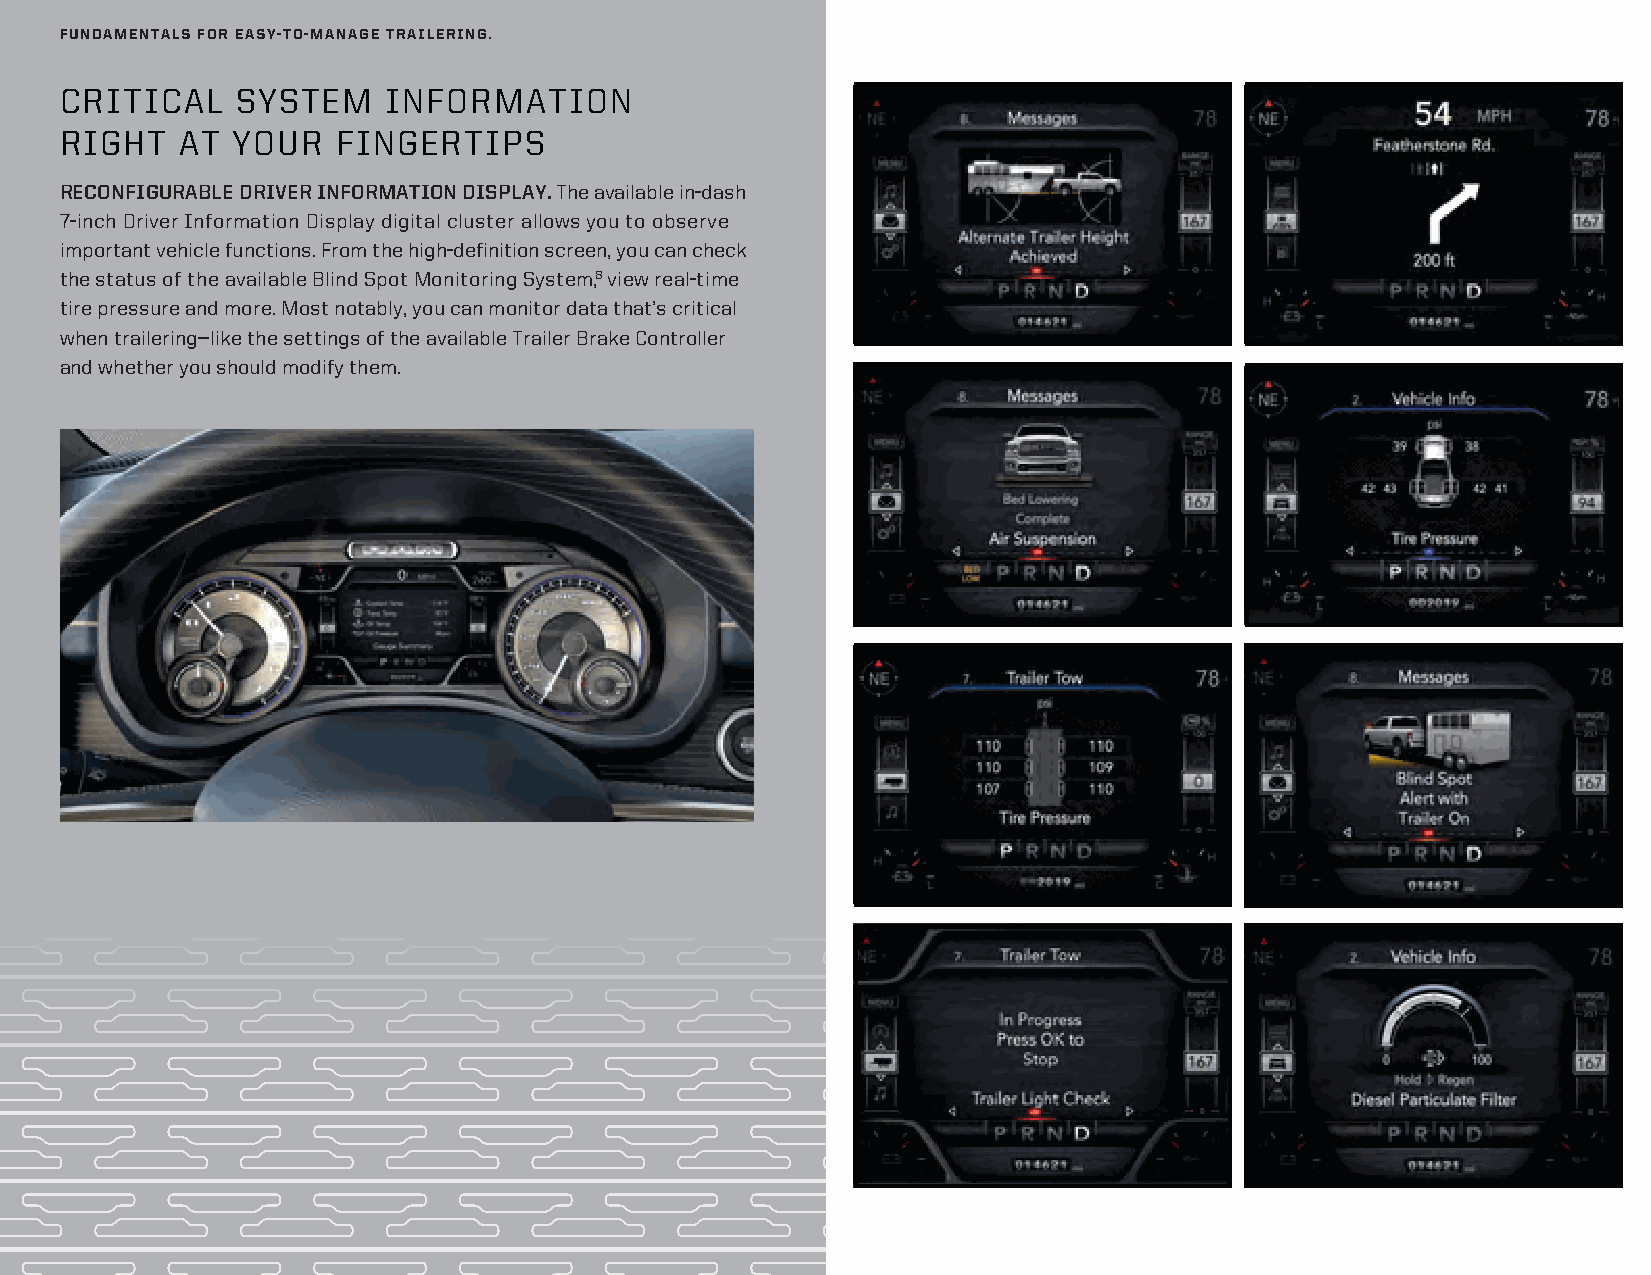
FUNDAMENTALS FOR EASY-TO-MANAGE TRAILERING.
 CRITICAL    SYSTEM    INFORMATION
 RIGHT   AT YOUR   FINGERTIPS
 RECONFIGURABLE DRIVER INFORMATION DISPLAY. The available in-dash
 7-inch Driver Information Display digital cluster allows you to observe
 important vehicle functions. From the high-definition screen, you can check
 the status of the available Blind Spot Monitoring System,8 view real-time
 tire pressure and more. Most notably, you can monitor data that’s critical
 when trailering—like the settings of the available Trailer Brake Controller
 and whether you should modify them.